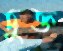
চুক্ত